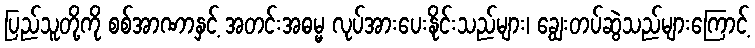
ပြည်သူတို့ကို စစ်အာဏာနှင့် အတင်းအဓမ္မ လုပ်အားပေးနိုင်းသည်များ၊ ချွေးတပ်ဆွဲသည်များကြောင့်